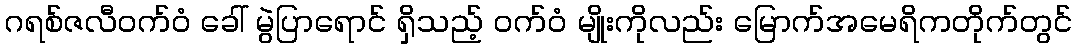
ဂရစ်ဇလီဝက်ဝံ ခေါ် မွဲပြာရောင် ရှိသည့် ဝက်ဝံ မျိုးကိုလည်း မြောက်အမေရိကတိုက်တွင်